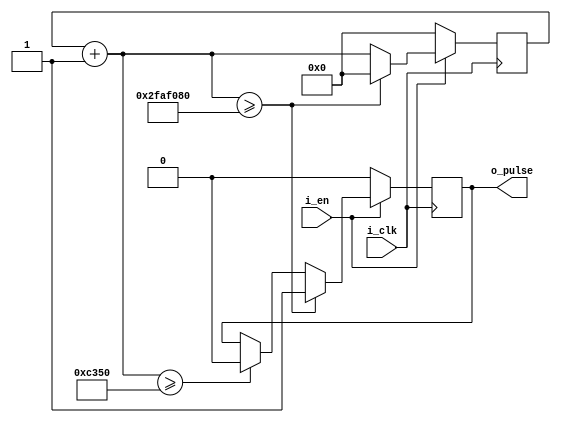
/*!>
* 100ms pulse generator with input 500MHz module
*
*+ Input +* 
* i_clk 	- input clock 500MHz
* i_en	- enable switch
*
*+ Output +* 
*  o_pulse - pulse
*
*
<!*/
module pulse_generator_In500Mhz_Out100ms(
input i_clk,
input i_en,
output reg o_pulse
);

reg [31:0] count;

always @( posedge i_clk )
	begin
		if( i_en )
				begin
					count = count + 26'd1;
					if ( count >= 32'd50000000)
						begin
							o_pulse <= 1'd1;
							count <= 32'd0;
						end
					else if( count >= 32'd50000 )
						begin
							o_pulse <= 1'd0;
						end
				end
		else
			begin
				o_pulse <= 1'd0;
				count <= 32'd0;
			end
	end
		
endmodule